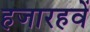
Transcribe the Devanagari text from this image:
हजारहवें